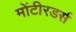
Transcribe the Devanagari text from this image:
मोंटीरडर्स